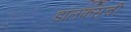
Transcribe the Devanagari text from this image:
डॉलफसची